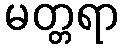
မတ္တရာ